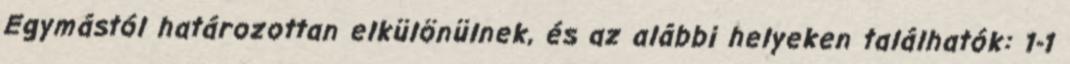
Egymástól határozottan elkülönülnek, és az alábbi helyeken találhatók: 1-1